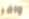
وافر